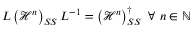
L \left( \mathcal { H } ^ { n } \right) _ { S S } L ^ { - 1 } = \left( \mathcal { H } ^ { n } \right) _ { S S } ^ { \dagger } \ \forall \ n \in \mathbb { N }